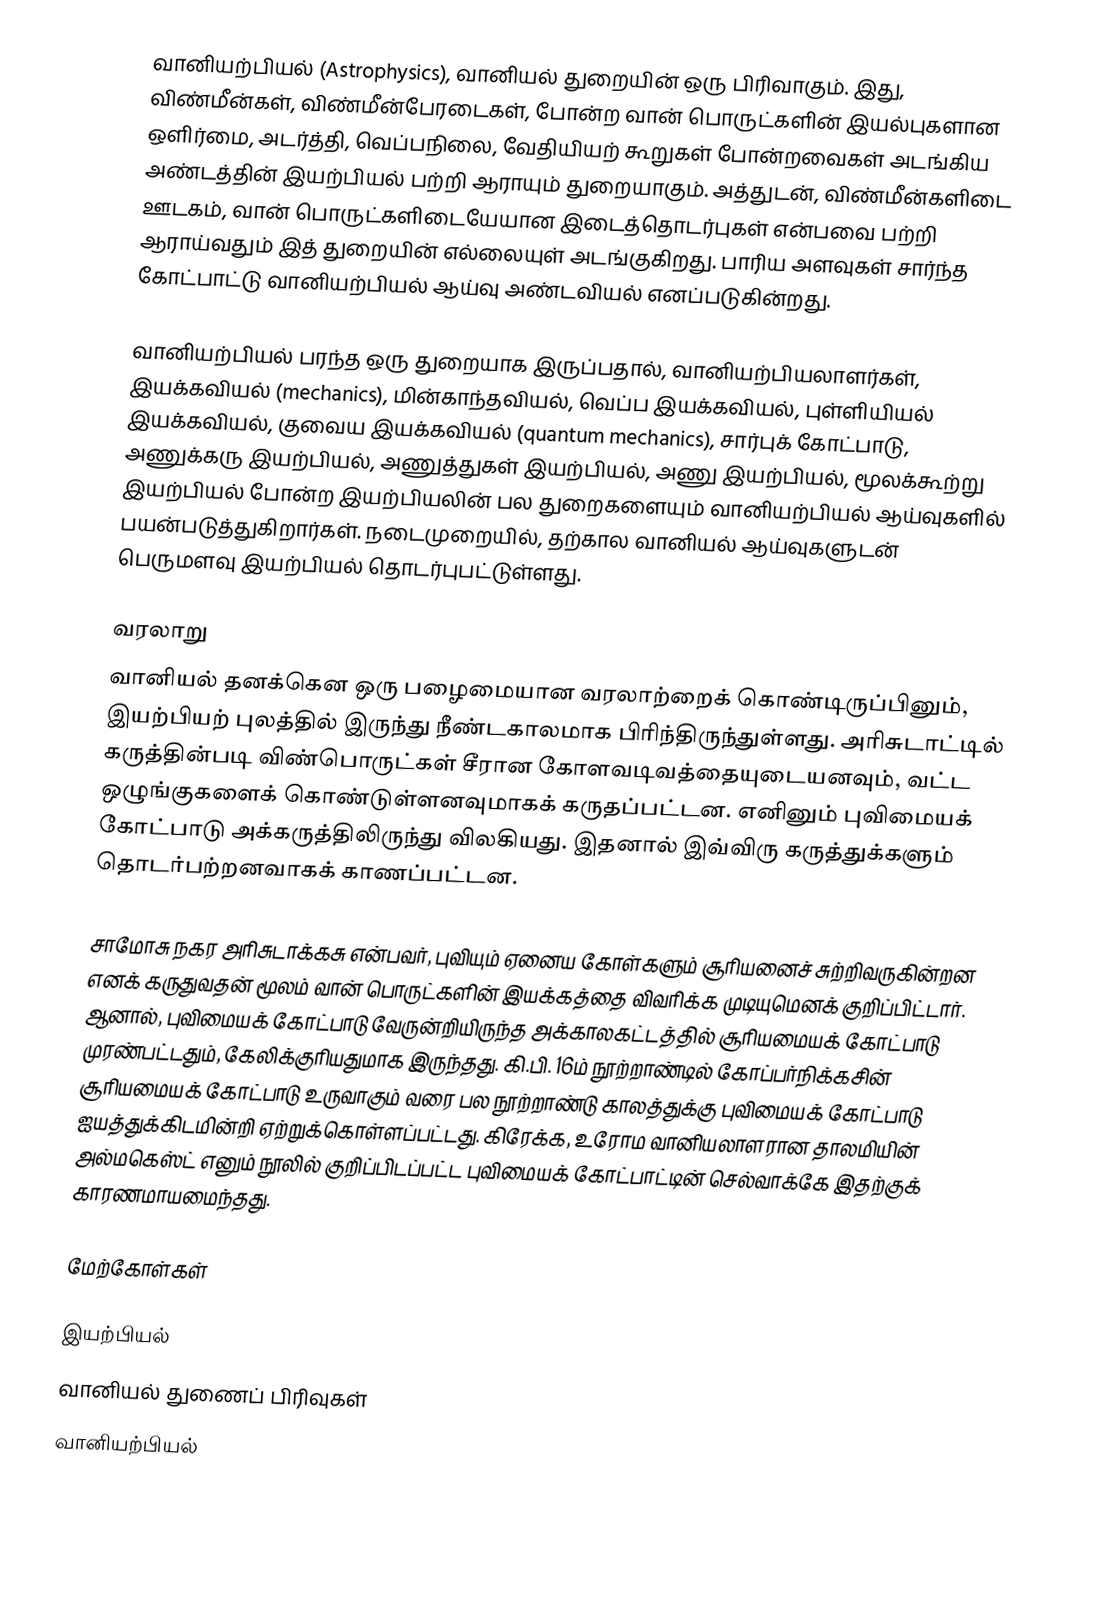
வானியற்பியல் (Astrophysics), வானியல் துறையின் ஒரு பிரிவாகும். இது, விண்மீன்கள், விண்மீன்பேரடைகள், போன்ற வான் பொருட்களின் இயல்புகளான ஒளிர்மை, அடர்த்தி, வெப்பநிலை, வேதியியற் கூறுகள் போன்றவைகள் அடங்கிய அண்டத்தின் இயற்பியல் பற்றி ஆராயும் துறையாகும். அத்துடன், விண்மீன்களிடை ஊடகம், வான் பொருட்களிடையேயான இடைத்தொடர்புகள் என்பவை பற்றி ஆராய்வதும் இத் துறையின் எல்லையுள் அடங்குகிறது. பாரிய அளவுகள் சார்ந்த கோட்பாட்டு வானியற்பியல் ஆய்வு அண்டவியல் எனப்படுகின்றது.

வானியற்பியல் பரந்த ஒரு துறையாக இருப்பதால், வானியற்பியலாளர்கள், இயக்கவியல் (mechanics), மின்காந்தவியல், வெப்ப இயக்கவியல், புள்ளியியல் இயக்கவியல், குவைய இயக்கவியல் (quantum mechanics), சார்புக் கோட்பாடு, அணுக்கரு இயற்பியல், அணுத்துகள் இயற்பியல், அணு இயற்பியல், மூலக்கூற்று இயற்பியல் போன்ற இயற்பியலின் பல துறைகளையும் வானியற்பியல் ஆய்வுகளில் பயன்படுத்துகிறார்கள். நடைமுறையில், தற்கால வானியல் ஆய்வுகளுடன் பெருமளவு இயற்பியல் தொடர்புபட்டுள்ளது.

வரலாறு
வானியல் தனக்கென ஒரு பழைமையான வரலாற்றைக் கொண்டிருப்பினும், இயற்பியற் புலத்தில் இருந்து நீண்டகாலமாக பிரிந்திருந்துள்ளது. அரிசுடாட்டில் கருத்தின்படி விண்பொருட்கள் சீரான கோளவடிவத்தையுடையனவும், வட்ட ஒழுங்குகளைக் கொண்டுள்ளனவுமாகக் கருதப்பட்டன. எனினும் புவிமையக் கோட்பாடு அக்கருத்திலிருந்து விலகியது. இதனால் இவ்விரு கருத்துக்களும் தொடர்பற்றனவாகக் காணப்பட்டன.

சாமோசு நகர அரிசுடாக்கசு  என்பவர், புவியும் ஏனைய கோள்களும் சூரியனைச் சுற்றிவருகின்றன எனக் கருதுவதன் மூலம் வான் பொருட்களின் இயக்கத்தை விவரிக்க முடியுமெனக் குறிப்பிட்டார். ஆனால்,  புவிமையக் கோட்பாடு வேருன்றியிருந்த அக்காலகட்டத்தில் சூரியமையக் கோட்பாடு முரண்பட்டதும், கேலிக்குரியதுமாக இருந்தது. கி.பி. 16ம் நூற்றாண்டில் கோப்பர்நிக்கசின்  சூரியமையக் கோட்பாடு உருவாகும் வரை பல நூற்றாண்டு காலத்துக்கு புவிமையக் கோட்பாடு ஐயத்துக்கிடமின்றி ஏற்றுக்கொள்ளப்பட்டது. கிரேக்க, உரோம வானியலாளரான தாலமியின் அல்மகெஸ்ட் எனும் நூலில் குறிப்பிடப்பட்ட புவிமையக் கோட்பாட்டின் செல்வாக்கே இதற்குக் காரணமாயமைந்தது.

மேற்கோள்கள்

இயற்பியல்
வானியல் துணைப் பிரிவுகள்
வானியற்பியல்